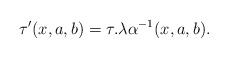
\begin{align*}\tau'(x,a,b)=\tau.\lambda\alpha^{-1}(x,a,b).\end{align*}